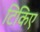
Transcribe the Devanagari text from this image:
टिकिए